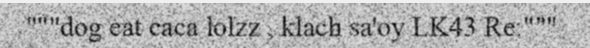
"""dog eat caca lolzz , klach sa'oy LK43 Re:"""